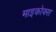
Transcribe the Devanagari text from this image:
माइकोक्स